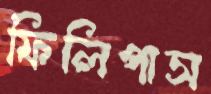
ফিলিপাস